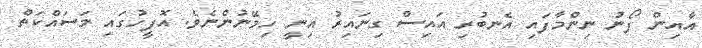
އާއިން ފޯނު ނިންމާފައި އެނބުރި އައިސް ގިނައިރު އިނީ ހިމޭނުންނެވެ. އޮފީހުގައި މަސައްކަތް